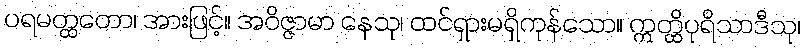
ပရမတ္ထတော၊ အားဖြင့်။ အဝိဇ္ဇာမာ နေသု၊ ထင်ရှားမရှိကုန်သော။ ဣတ္ထိပုရိသာဒီသု၊